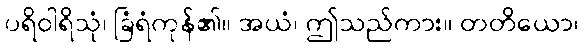
ပရိဝါရိသုံ၊ ခြံရံကုန်၏။ အယံ၊ ဤသည်ကား။ တတိယော၊